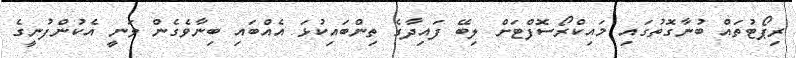
ރިޕޯޓުތައް ބުނާގޮތުގައި މައިކްރޯސޮފްޓަށް ލިބޭ ފައިދާގެ ތިންބައިކުޅަ އެއްބައި ބިނާވެގެން ވަނީ އެކުންފުނީގެ